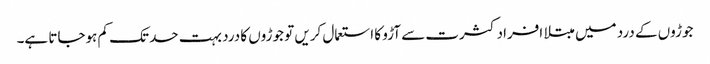
جوڑوں کے درد میں مبتلا افراد کثرت سے آڑو کا استعمال کریں تو جوڑوں کا درد بہت حد تک کم ہوجاتا ہے۔